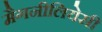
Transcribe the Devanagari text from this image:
मैगनीलियेसी